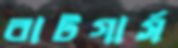
রাটগার্স